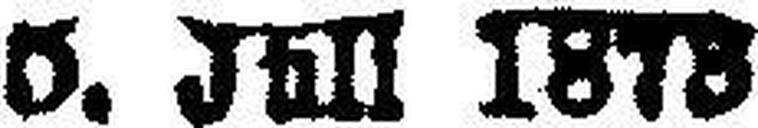
5. Juli 1873